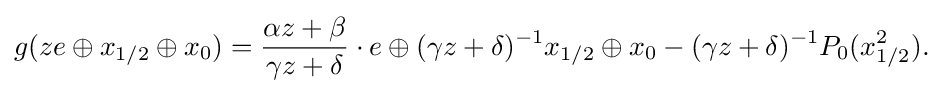
\displaystyle {g(ze\oplus x_{1/2}\oplus x_{0})={\alpha z+\beta  \over \gamma z+\delta }\cdot e\oplus (\gamma z+\delta )^{-1}x_{1/2}\oplus x_{0}-(\gamma z+\delta )^{-1}P_{0}(x_{1/2}^{2}).}